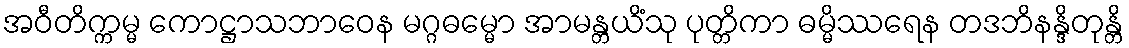
အဝီတိက္ကမ္မ ကောဋ္ဌာသဘာဝေန မဂ္ဂဓမ္မော အာမန္တယိံသု ပုတ္တိကာ ဓမ္မိဿရေန တဒဘိနန္ဒိတုန္တိ